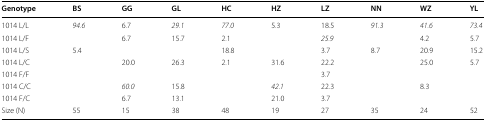
<table><thead><tr><td><b>Genotype</b></td><td><b>BS</b></td><td><b>GG</b></td><td><b>GL</b></td><td><b>HC</b></td><td><b>HZ</b></td><td><b>LZ</b></td><td><b>NN</b></td><td><b>WZ</b></td><td><b>YL</b></td></tr></thead><tbody><tr><td>1014 L/L</td><td><i>94.6</i></td><td>6.7</td><td><i>29.1</i></td><td><i>77.0</i></td><td>5.3</td><td>18.5</td><td><i>91.3</i></td><td><i>41.6</i></td><td><i>73.4</i></td></tr><tr><td>1014 L/F</td><td></td><td>6.7</td><td>15.7</td><td>2.1</td><td></td><td><i>25.9</i></td><td></td><td>4.2</td><td>5.7</td></tr><tr><td>1014 L/S</td><td>5.4</td><td></td><td></td><td>18.8</td><td></td><td>3.7</td><td>8.7</td><td>20.9</td><td>15.2</td></tr><tr><td>1014 L/C</td><td></td><td>20.0</td><td>26.3</td><td>2.1</td><td>31.6</td><td>22.2</td><td></td><td>25.0</td><td>5.7</td></tr><tr><td>1014 F/F</td><td></td><td></td><td></td><td></td><td></td><td>3.7</td><td></td><td></td><td></td></tr><tr><td>1014 C/C</td><td></td><td><i>60.0</i></td><td>15.8</td><td></td><td><i>42.1</i></td><td>22.3</td><td></td><td>8.3</td><td></td></tr><tr><td>1014 F/C</td><td></td><td>6.7</td><td>13.1</td><td></td><td>21.0</td><td>3.7</td><td></td><td></td><td></td></tr><tr><td>Size (N)</td><td>55</td><td>15</td><td>38</td><td>48</td><td>19</td><td>27</td><td>35</td><td>24</td><td>52</td></tr></tbody></table>